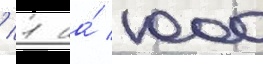
/ 1 на́ 1000